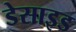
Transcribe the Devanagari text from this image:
डेसाइड